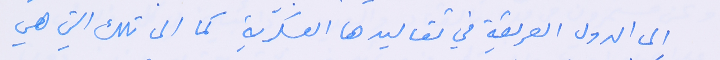
الى الدول العريقة في تقاليدها العسكرية كما الى تلك التي هي